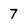
Character: 7